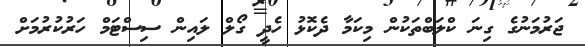
ޖަރުމަނުގެ ގިނަ ކްލަބްތަކުން މިކަމާ ދެކޮޅު ހެދީ ގޯލް ލައިން ސިސްޓަމް ހަރުކުރުމަށް